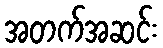
အတက်အဆင်း